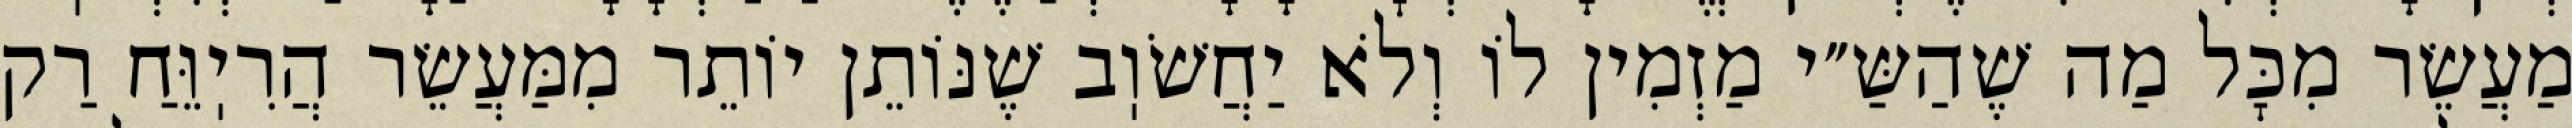
מַעֲשֵׂר מִכׇּל מַה שֶׁהַשַּ״י מַזְמִין לוֹ וְלֹא יַחֲשֹׁוֽב שֶׁנּוֹתֵן יוֹתֵר מִמַּעֲשֵׂר הֲרִיֽוֵּחַ רַק